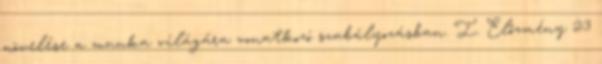
növelése a munka világára vonatkozó szabályozásban. I. Előzmény 23